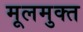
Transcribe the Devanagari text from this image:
मूलमुक्त